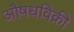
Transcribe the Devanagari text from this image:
औषधविक्री